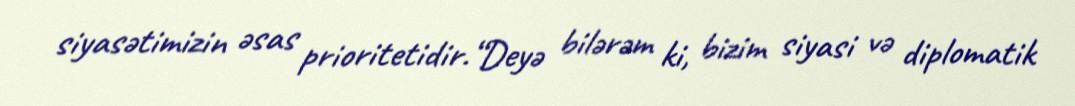
siyasətimizin əsas prioritetidir.“Deyə bilərəm ki, bizim siyasi və diplomatik